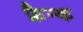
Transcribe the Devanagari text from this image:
फ्रैन्क